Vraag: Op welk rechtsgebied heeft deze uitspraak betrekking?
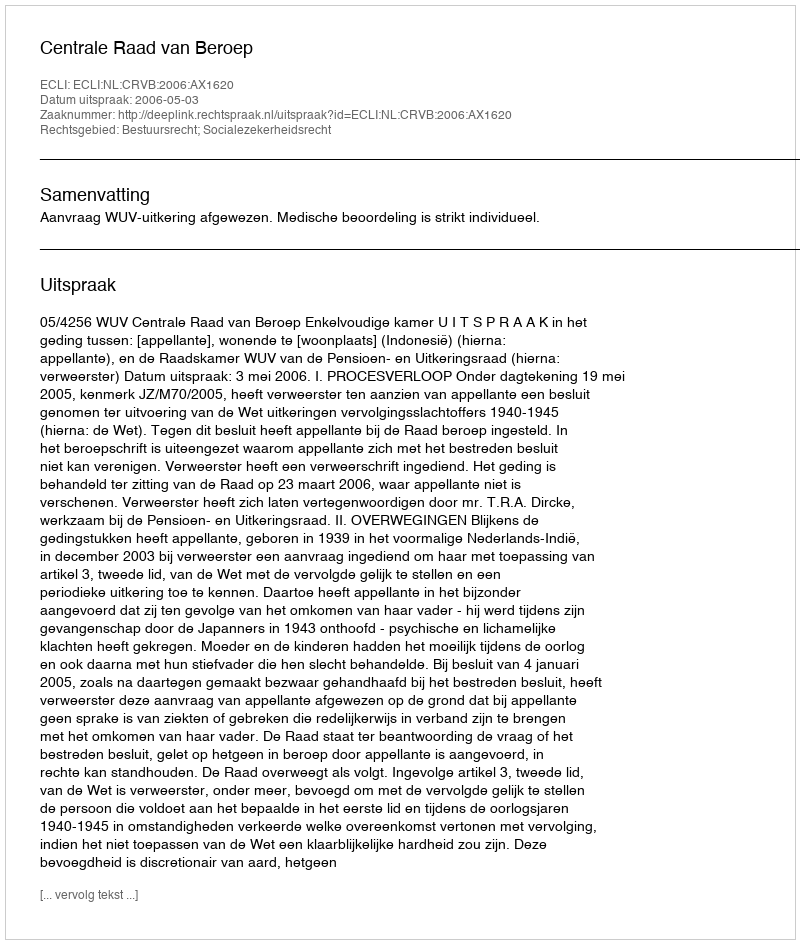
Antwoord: Bestuursrecht; Socialezekerheidsrecht